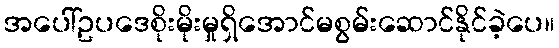
အပေါ်ဥပဒေစိုးမိုးမှုရှိအောင်မစွမ်းဆောင်နိုင်ခဲ့ပေ။